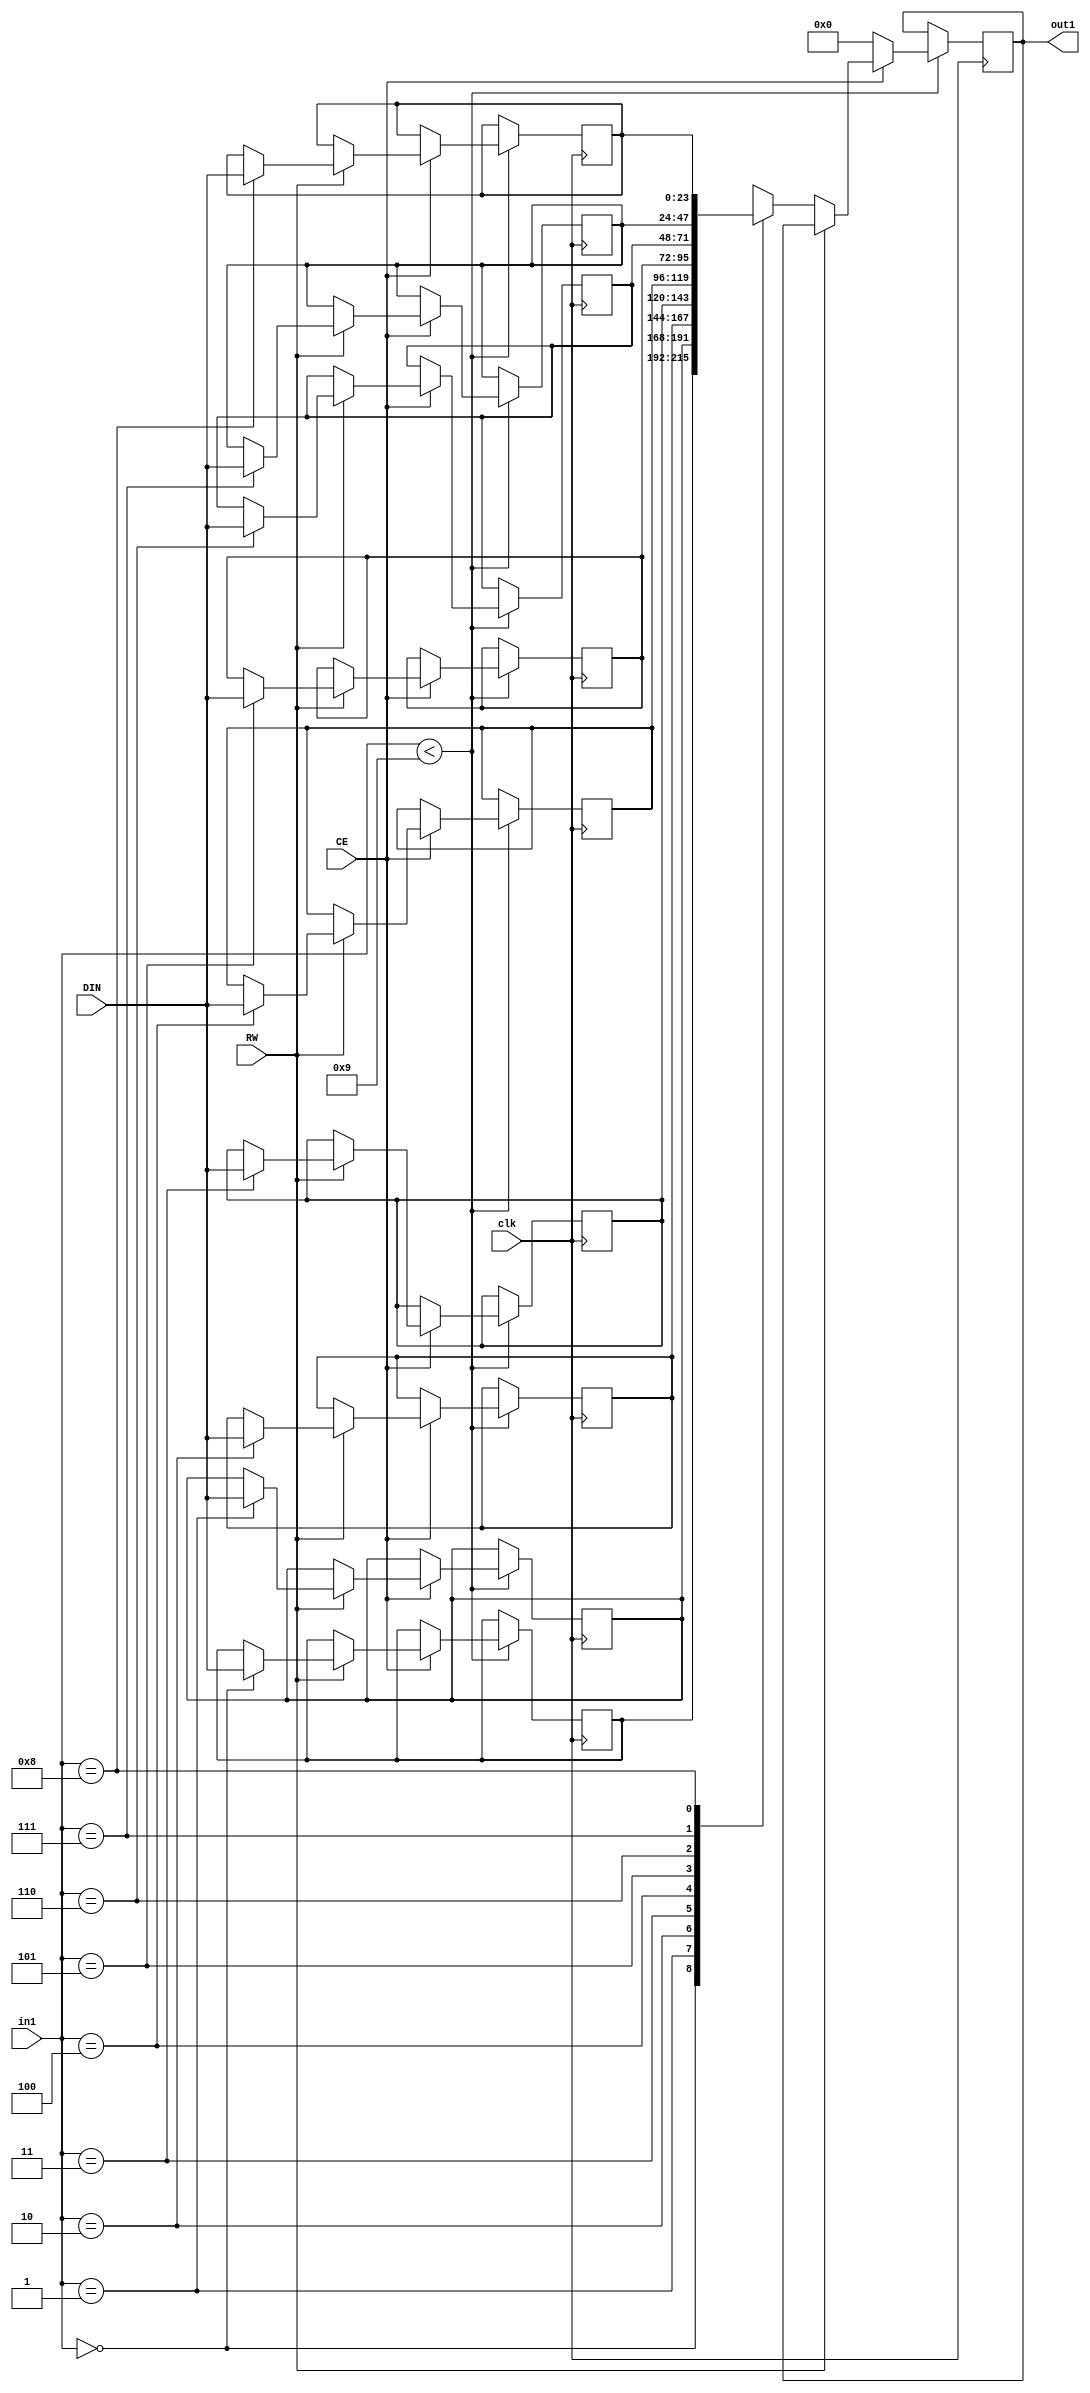
// Generated by stratus_hls 21.20-p100  (96289.240513)
// Mon May 29 16:10:37 2023
// from ../SobelFilter.cpp

`timescale 1ps / 1ps


module SobelFilter_RAM_9X24_1( DIN, CE, RW, in1, out1, clk );

    input [23:0] DIN;
    input CE;
    input RW;
    input [3:0] in1;
    input clk;
    output [23:0] out1;
    reg [23:0] out1;
    reg[23:0] mem[8:0];

    
always @(posedge clk)
      begin : SobelFilter_RAM_9X24_1_thread_1
        if (in1 < 4'd09) 
          begin
            if (CE) 
              begin
                if (RW) 
                  begin
                    mem[in1] = DIN;
                  end 
                else 
                  begin
                    out1 <= mem[in1];
                  end
              end 
            else 
              begin
                out1 <= 24'd00000000;
              end
          end 
      end

endmodule